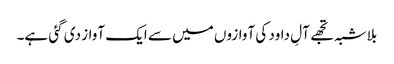
بلاشبہ تجھے آلِ داود کی آوازوں میں سے ایک آواز دی گئی ہے۔